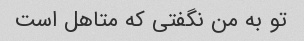
تو به من نگفتی که متاهل است